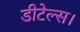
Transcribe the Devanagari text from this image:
डीटेल्स।